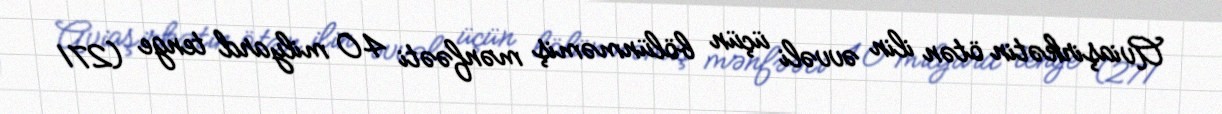
Aviaşirkətin ötən ilin əvvəli üçün bölünməmiş mənfəəti 40 milyard tenge (271